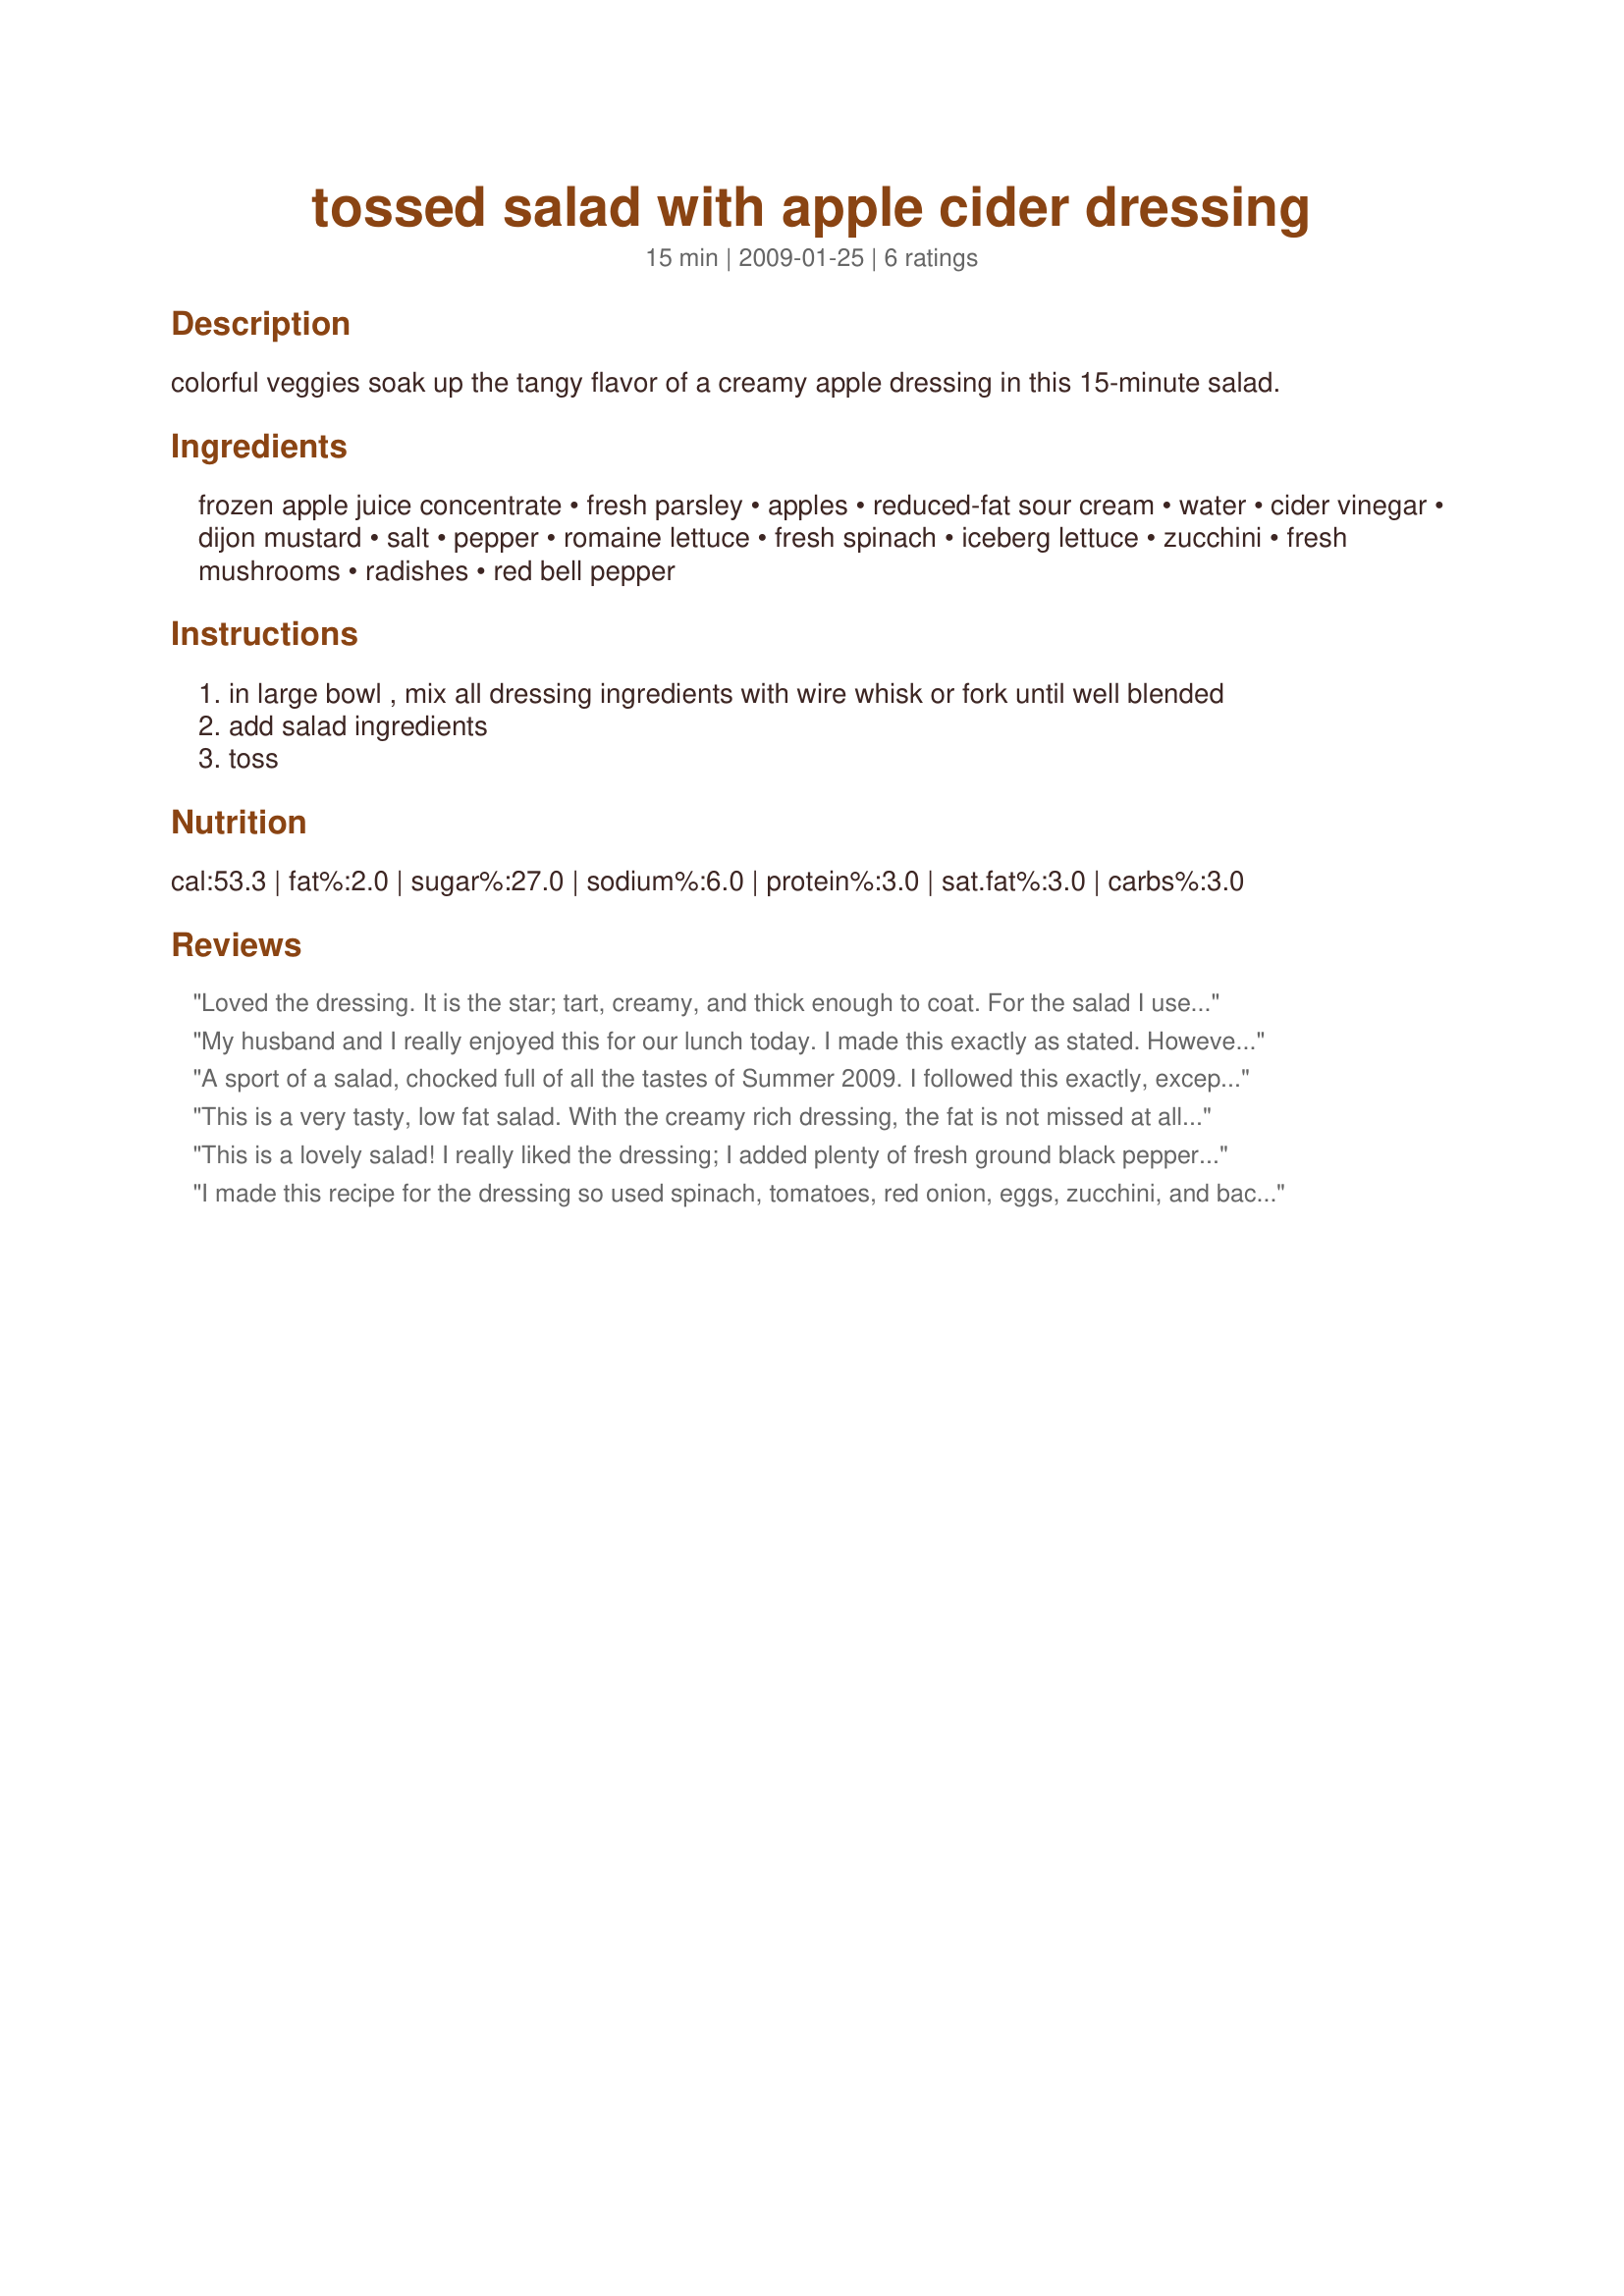
tossed salad with apple cider dressing
Preparation time: 15 minutes

colorful veggies soak up the tangy flavor of a creamy apple dressing in this 15-minute salad.

Ingredients:
frozen apple juice concentrate, fresh parsley, apples, reduced-fat sour cream, water, cider vinegar, dijon mustard, salt, pepper, romaine lettuce, fresh spinach, iceberg lettuce, zucchini, fresh mushrooms, radishes, red bell pepper

Steps:
in large bowl , mix all dressing ingredients with wire whisk or fork until well blended
add salad ingredients
toss

Reviews:
Loved the dressing. It is the star; tart, creamy, and thick enough to coat. For the salad I used a spring mix & spinach. MNade for Diabetic Tag.
My husband and I really enjoyed this for our lunch today. I made this exactly as stated. However, I added some grilled chicken to the salad. We will be having this again. Thanks Annacia for a great tasting and healthy lunch.
A sport of a salad, chocked full of all the tastes of Summer 2009. I followed this exactly, except for the salad, I didn't have zucchini, (for once) so I proceeded along accordingly. The highlight is really the dressing itself, and loved the addition of apple juice, and shredded apple. Very nice, a bit tart, but a great balance of the flavors. Will be making this throughout the season, and thank you for sharing! Made for *Everyday is a Holiday* August 2009
This is a very tasty, low fat salad. With the creamy rich dressing, the fat is not missed at all. I did use plain yogurt cheese in place of the sour cream. Other than that it was made as directed. DH really complimented the dressing. Made for *Partying the Diabetic Way*
This is a lovely salad! I really liked the dressing; I added plenty of fresh ground black pepper and for me that really brought out the flavors and kept it from being too tangy or sweet. I left out the radishes, otherwise made as directed. I think walnuts would be a great addition as well. Thanks for sharing the recipe! Made for ZWT9, The Apron String Travelers
I made this recipe for the dressing so used spinach, tomatoes, red onion, eggs, zucchini, and bacon as the salad. The dressing was very, very tart so I added a tsp of splenda to try to mellow out the flavors and that worked somewhat but still very tart. My dressing didn't get as thick as Andi's photo showed and didn't really stick to my salad. I'll play with this one as I liked the base recipe. Thanks Annacia. Made for "Let's Party"
